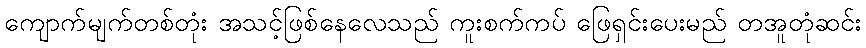
ကျောက်မျက်တစ်တုံး အသင့်ဖြစ်နေလေသည် ကူးစက်ကပ် ဖြေရှင်းပေးမည် တအူတုံဆင်း